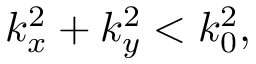
k _ { x } ^ { 2 } + k _ { y } ^ { 2 } < k _ { 0 } ^ { 2 } ,